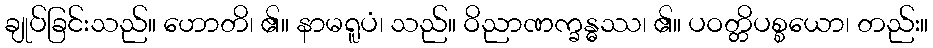
ချုပ်ခြင်းသည်။ ဟောတိ၊ ၏။ နာမရူပံ၊ သည်။ ဝိညာဏက္ခန္ဓဿ၊ ၏။ ပဝတ္တိပစ္စယော၊ တည်း။